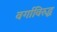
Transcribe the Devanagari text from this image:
वर्गाविरुद्ध